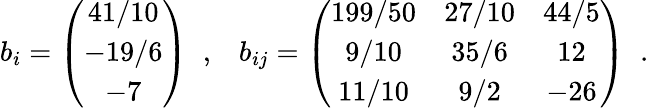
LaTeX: b_{i}=\left(\begin{array}{c}{{41/10}}\\ {{-19/6}}\\ {{-7}}\end{array}\right)\; \; ,\; \; \; b_{ij}=\left(\begin{array}{ccc}{{199/50}}&{{27/10}}&{{44/5}}\\ {{9/10}}&{{35/6}}&{{12}}\\ {{11/10}}&{{9/2}}&{{-26}}\end{array}\right)\; \; .